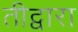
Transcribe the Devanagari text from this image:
तीद्वारा